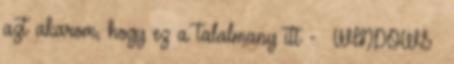
azt akarom, hogy ez a talalmany itt - WINDOWS